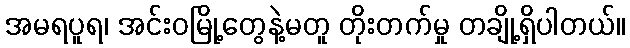
အမရပူရ၊ အင်းဝမြို့တွေနဲ့မတူ တိုးတက်မှု တချို့ရှိပါတယ်။